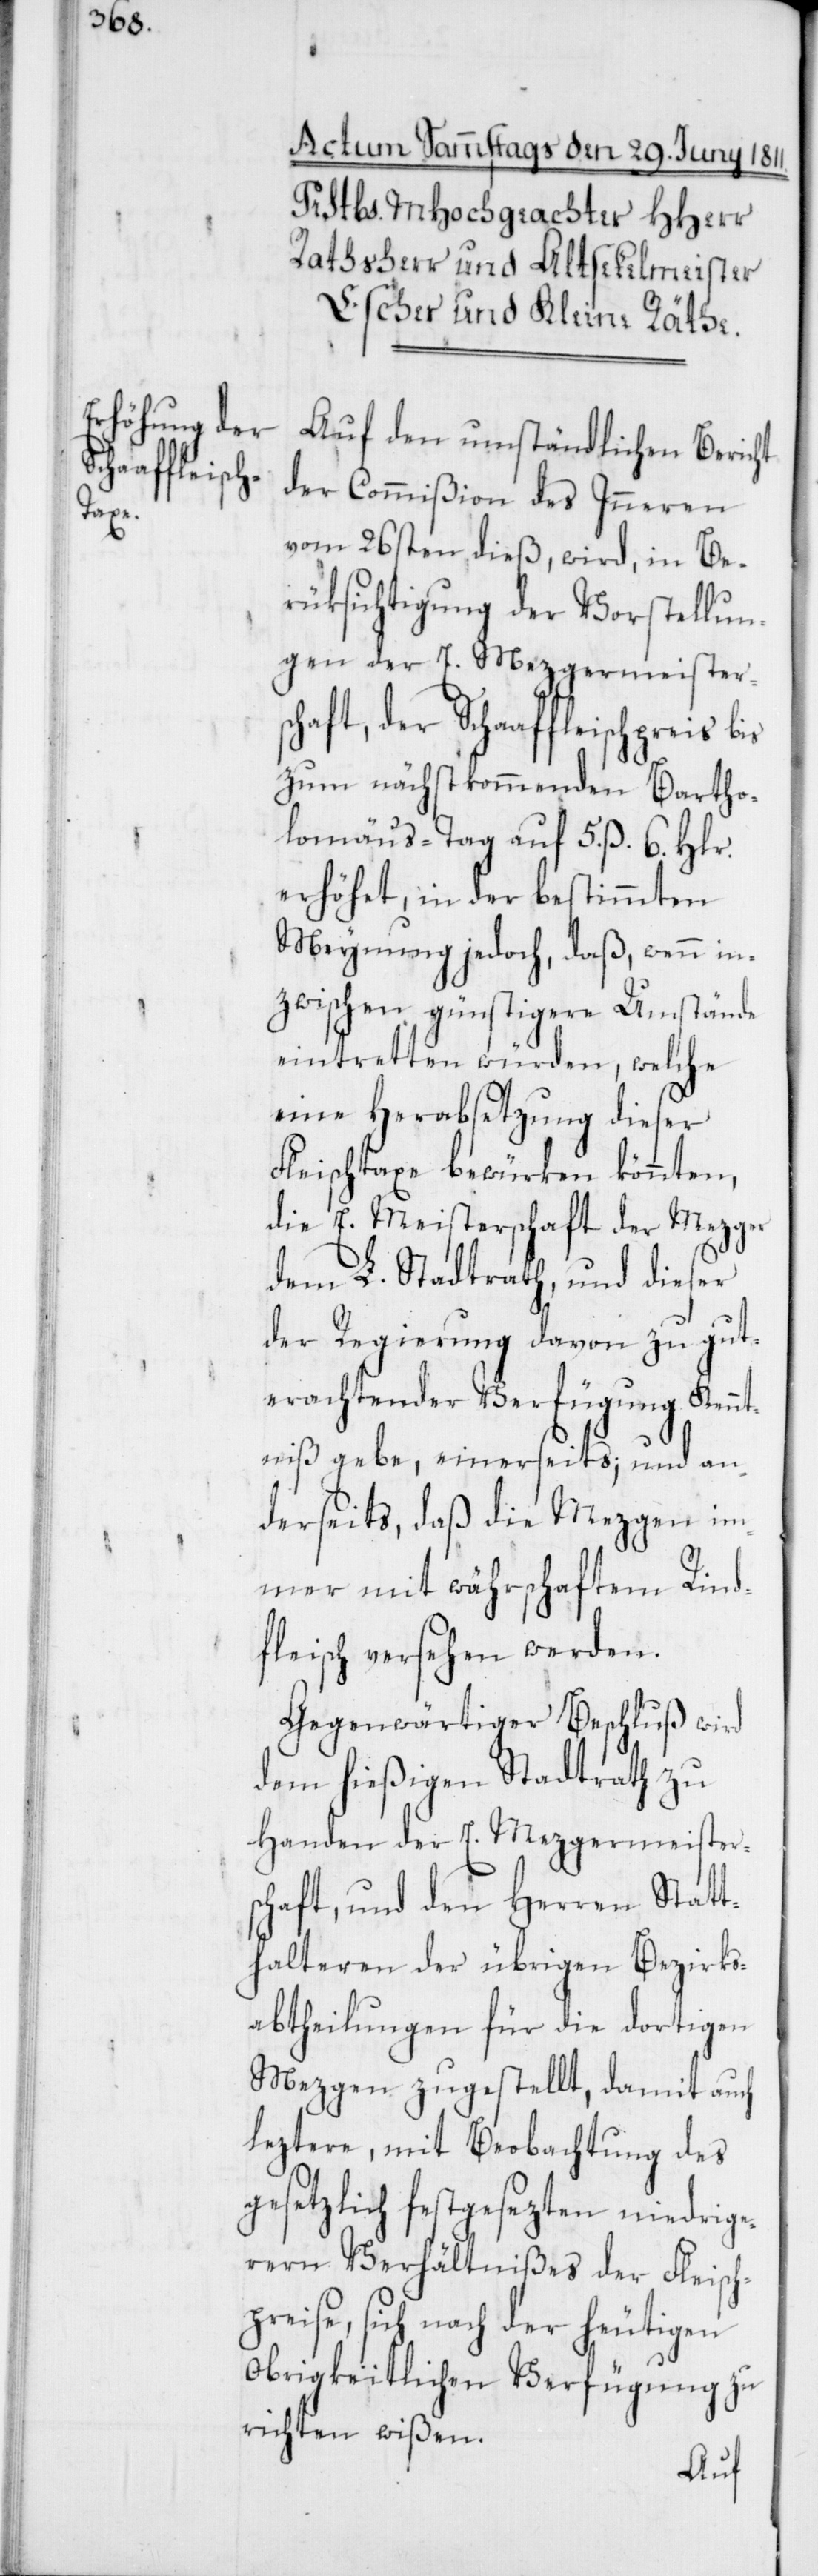
Auf den umständlichen Bericht
der Commißion des Inneren
vom 26sten dieß, wird in Be¬
rüksichtigung der Vorstellun¬
gen der E. Mezgermeister¬
schaft, der Schaffleischpreis bis
zum nächstkommenden Bartho¬
lomäus-Tag auf 5. ß. 6. Hlr.
erhöhet, in der bestimmten
Meynung jedoch, daß ,wenn in¬
zwischen günstigere Umstände
eintretten würden, welche
eine Herabsetzung dieser
Fleischtaxe bewürken könnten,
die E. Meisterschaft der Mezger
dem L. Stadtrath, und dieser
der Regierung davon zu gut¬
erachtender Verfügung Kenn¬
tniß gebe einerseits; und an¬
derseits, daß die Mezgen im¬
mer mit währschaftem Rind¬
fleisch versehen werden.
Gegenwärtiger Beschluß wird
dem hießigen Stadtrath zu
Handen der E. Mezgermeister¬
schaft, und den Herren Statt¬
halteren der übrigen Bezirks¬
abtheilungen für die dortigen
Mezgen zugestellt, damit auch
leztere, mit Beobachtung des
gesetzlich festgesezten niedrige¬
ren Verhältnißes der Fleisch¬
preise, sich nach der heutigen
Obrigkeitlichen Verfügung zu
richten wißen.